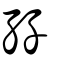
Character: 孖